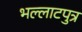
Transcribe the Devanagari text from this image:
भल्लाटपुत्र